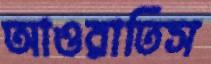
আওরাতিস